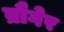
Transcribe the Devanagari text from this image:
ब्रौगेर